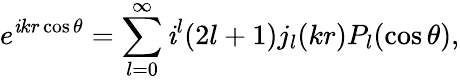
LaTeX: e^{\mathit{i}kr\cos\theta}=\sum_{l=0}^{\infty}\mathit{i}^{l}(2l+1)j_{l}(kr)P_{l}(\cos\theta),